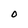
Character: 0